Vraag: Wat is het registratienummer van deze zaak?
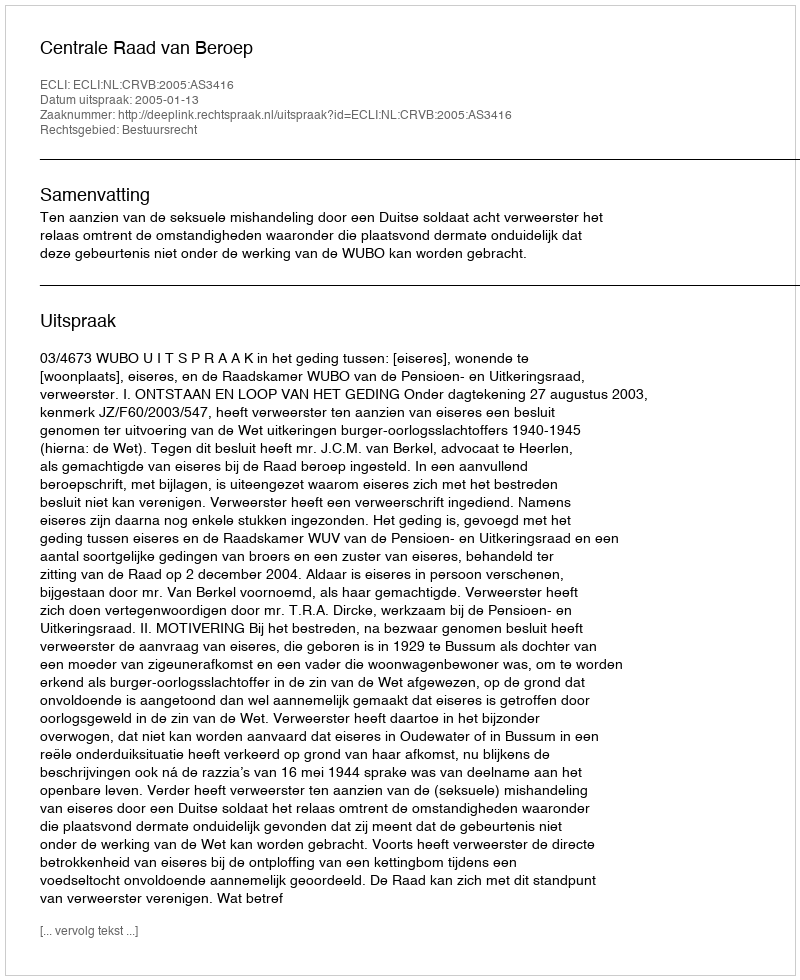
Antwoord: http://deeplink.rechtspraak.nl/uitspraak?id=ECLI:NL:CRVB:2005:AS3416